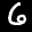
Label: 6